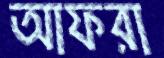
আফরা